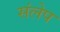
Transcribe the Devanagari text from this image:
संलेप